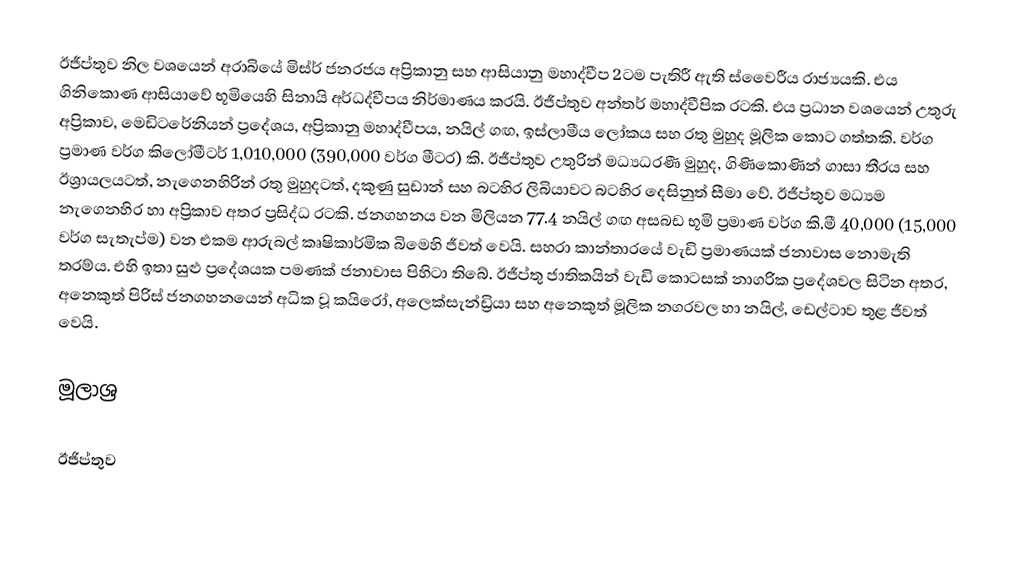
ඊජීප්තුව නිල වශයෙන් අරාබියේ මිස්ර් ජනරජය අප්‍රිකානු සහ ආසියානු මහාද්වීප 2ටම පැතිරී ඇති ස්වෛරීය රාජ්‍යයකි. එය ගිනිකොණ ආසියාවේ භූමියෙහි සිනායි අර්ධද්වීපය නිර්මාණය කරයි. ඊජීප්තුව අන්තර් මහාද්වීපික රටකි. එය ප්‍රධාන වශයෙන් උතුරු අප්‍රිකාව, මෙඩිටරේනියන් ප්‍රදේශ‍ය, අප්‍රිකානු මහාද්වීපය, නයිල් ගඟ, ඉස්ලාමීය ලෝකය සහ රතු මුහුද මූලික කොට ගත්තකි. වර්ග ප්‍රමාණ වර්ග කිලෝමීටර් 1,010,000 (390,000 වර්ග මීටර) කි. ඊජීප්තුව උතුරින් මධ්‍යධරණී මුහුද, ගිණිකොණින් ගාසා තීරය සහ ඊශ්‍රායලයටත්, නැගෙනහිරින් රතු මුහුදටත්, දකුණු සුඩාන් සහ බටහිර ලිබියාවට බටහිර දෙසිනුත් සීමා වේ. ඊජීප්තුව මධ්‍යම නැගෙනහිර හා අප්‍රිකාව අතර ප්‍රසිද්ධ රටකි. ජනගහනය වන මිලියන 77.4 නයිල් ගඟ අසබඩ භූමි ප්‍රමාණ වර්ග කි.මී 40,000 (15,000 වර්ග සැතැප්ම) වන එකම ආරුබල් කෘෂිකාර්මික බිමෙහි ජීවත් වෙයි. සහරා කාන්තාරයේ වැඩි ප්‍රමාණයක් ජනාවාස නොමැති තරම්ය. එහි ඉතා සුළු ප්‍රදේශයක පමණක් ජනාවාස පිහිටා තිබේ. ඊජීප්තු ජාතිකයින් වැඩි කොටසක් නාගරික ප්‍රදේශවල සිටින අතර, අනෙකුත් පිරිස් ජනගහනයෙන් අධික වූ කයිරෝ, අලෙක්සැන්ඩ්‍රියා සහ අනෙකුත් මූලික නගරවල හා නයිල්, ඩෙල්ටාව තුළ ජීවත් වෙයි.

මූලාශ්‍ර

ඊජිප්තුව